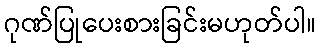
ဂုဏ်ပြုပေးစားခြင်းမဟုတ်ပါ။